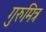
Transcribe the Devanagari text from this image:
गुरुमित्र